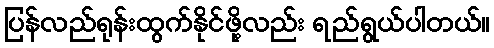
ပြန်လည်ရုန်းထွက်နိုင်ဖို့လည်း ရည်ရွယ်ပါတယ်။